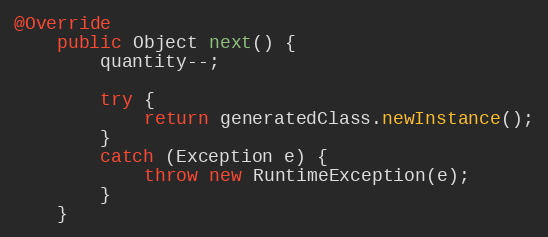
Language: Java
@Override
	public Object next() {
		quantity--;

		try {
			return generatedClass.newInstance();
		}
		catch (Exception e) {
			throw new RuntimeException(e);
		}
	}